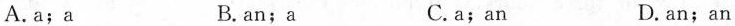
A.a;a B. an;a C. a;an D. an;an